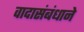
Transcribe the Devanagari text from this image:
वादासंबंधाने